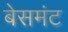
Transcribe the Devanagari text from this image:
बेसमंट